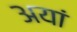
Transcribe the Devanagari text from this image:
अयां